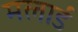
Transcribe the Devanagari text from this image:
मलार्ड